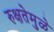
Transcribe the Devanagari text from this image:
रुक्षतेमुळे